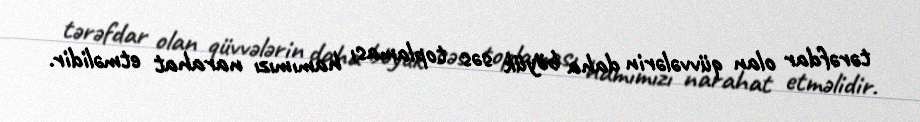
tərəfdar olan qüvvələrin daha böyük səs toplaması hamımızı narahat etməlidir.